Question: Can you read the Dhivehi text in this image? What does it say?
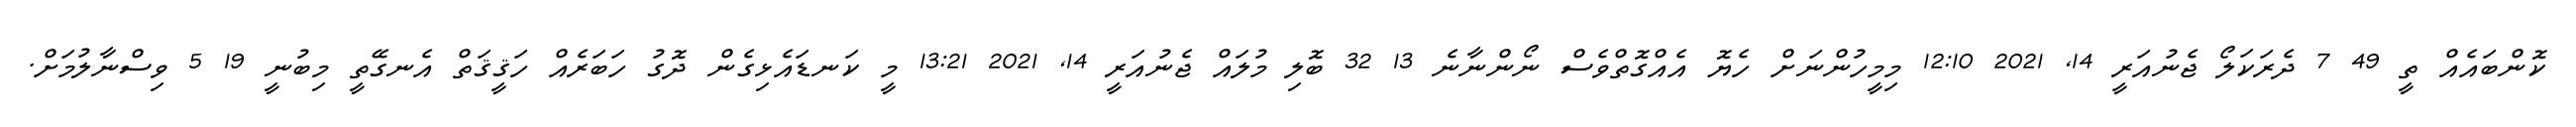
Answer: ކޮންބައެއް ތީ 49 7 ދެރަކަލޯ ޖެނުއަރީ 14, 2021 12:10 މިމީހުންނަށް ހެޔޮ އެއްގޮތްވެސް ނޯންނާނެ 13 32 ބޮލި މުލައް ޖެނުއަރީ 14, 2021 13:21 މީ ކަނޑައެޅިގެން ދޮގު ހަބަރެއް ހަޤީޤަތް އެނގޭތީ މިބުނީ 19 5 ވިސްނާލުމަށް.